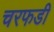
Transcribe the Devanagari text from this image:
चरफडी